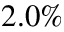
2 . 0 \%